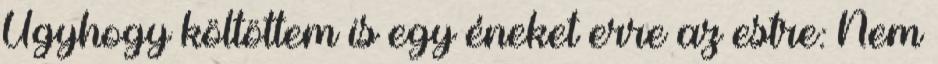
Úgyhogy költöttem is egy éneket erre az estre: Nem